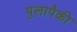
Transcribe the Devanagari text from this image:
पुलापैकी